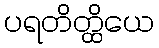
ပရတိတ္ထိယေ